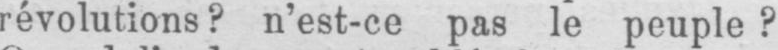
révolutions? n’est-ce pas le peuple?